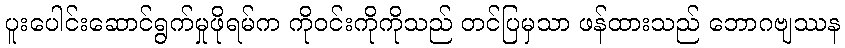
ပူးပေါင်းဆောင်ရွက်မှုဖိုရမ်က ကိုဝင်းကိုကိုသည် တင်ပြမှသာ ဖန်ထားသည် ဘောဂဗျဿန